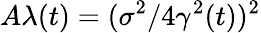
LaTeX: A\lambda(t)=(\sigma^{2}/4\gamma^{2}(t))^{2}